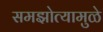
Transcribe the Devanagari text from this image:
समझोत्यामुळे